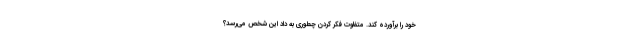
خود را برآورده کند. متفاوت فکر کردن چطوری به داد این شخص می‌رسد؟